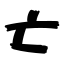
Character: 亡